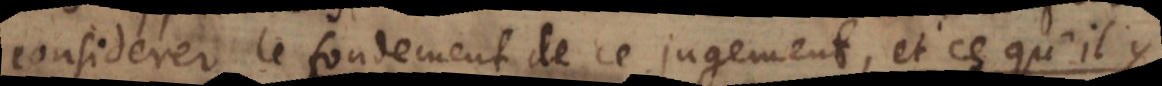
considerer le fondement de ce jugement, et ce qu’il y